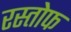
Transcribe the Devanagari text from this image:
रस्तोफ